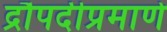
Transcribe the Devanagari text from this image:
द्रौपदीप्रमाणे